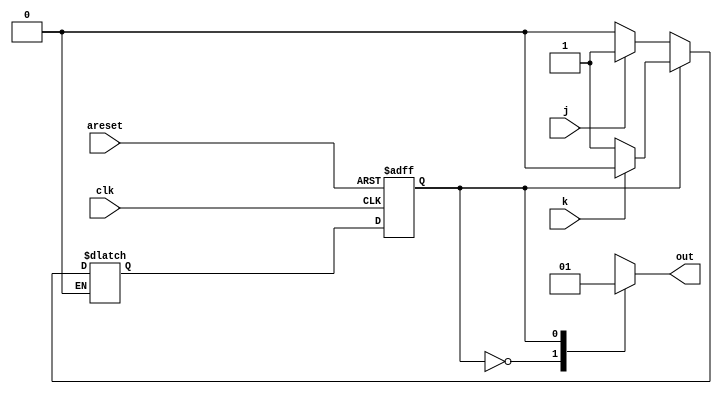
module top_module(
    input clk,
    input areset,    // Asynchronous reset to OFF
    input j,
    input k,
    output out); //  

	parameter off=0, on=1; 
    reg state, next_state;

    always @(posedge clk, posedge areset) begin
         if (areset) begin
            state <= off;
         end
        else
            state <= next_state;
    end   
    
    always @(*) begin
        case(state)
			off: begin
                if (~j) next_state <= off;
                if (j) next_state <= on;
            end
			on: begin
                if (~k) next_state <= on;
                if (k) next_state <= off;
            end
        endcase
    end

    //assign out = (state == B);
    always @(*) begin
            case(state)
                off: out <= 0;
                on: out <= 1;
            endcase
    end

endmodule